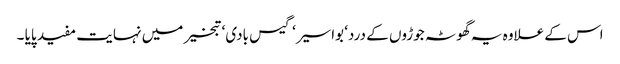
اس کے علاوہ یہ گھوٹہ جوڑوں کے درد‘ بواسیر‘ گیس بادی‘ تبخیر میں نہایت مفید پایا ۔